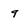
Character: 9